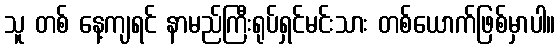
သူ တစ် နေ့ကျရင် နာမည်ကြီးရုပ်ရှင်မင်းသား တစ်ယောက်ဖြစ်မှာပါ။